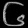
Digit: ၆